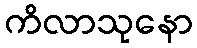
ကိလာသုနော